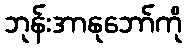
ဘုန်းအာနုဘော်ကို